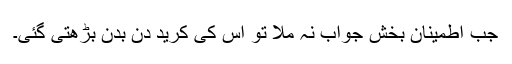
جب اطمینان بخش جواب نہ ملا تو اس کی کرید دن بدن بڑھتی گئی۔